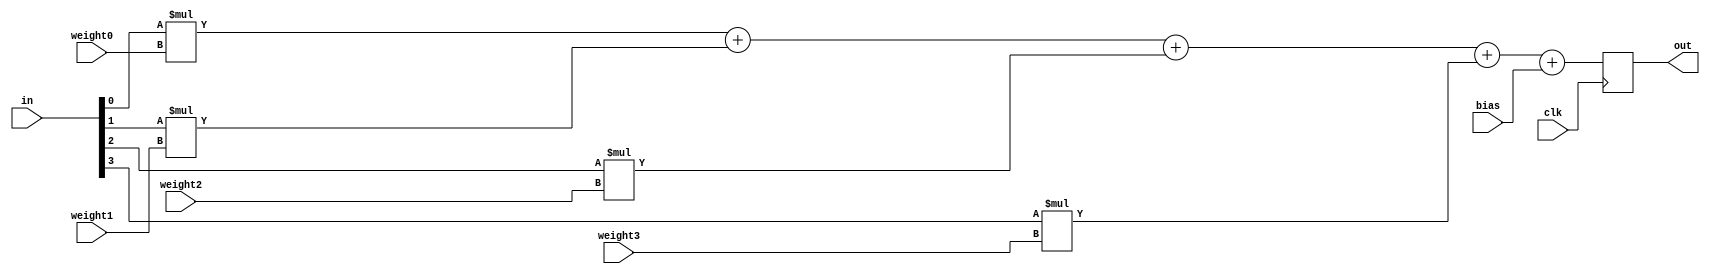
module perceptron(
input [3:0] in,
input clk,
input [3:0] weight0,
input [3:0] weight1,
input [3:0] weight2,
input [3:0] weight3,
input [3:0] bias,
output reg [3:0] out
);

  always@(posedge clk)
    begin
      out<=in[0]*weight0+in[1]*weight1+in[2]*weight2+in[3]*weight3+bias;
    end

endmodule